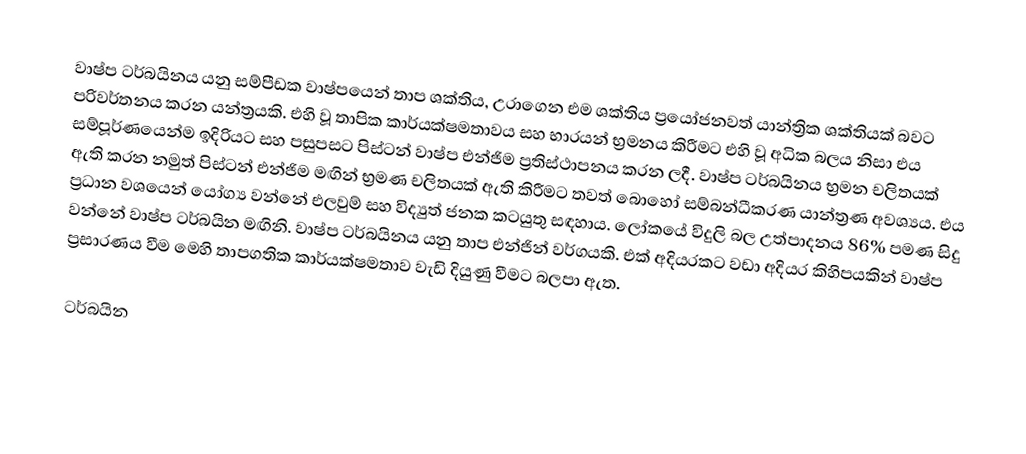
වාෂ්ප ටර්බයිනය යනු සම්පීඩක වාෂ්පයෙන් තාප ශක්තිය, උරාගෙන එම ශක්තිය ප්‍රයෝජනවත් යාන්ත්‍රික ශක්තියක් බවට පරිවර්තනය කරන යන්ත්‍රයකි. එහි වූ තාපික කාර්යක්ෂමතාවය සහ භාරයන් භ්‍රමනය කිරීමට එහි වූ අධික බලය නිසා එය සම්පූර්ණයෙන්ම ඉදිරියට සහ පසුපසට පිස්ටන් වාෂ්ප එන්ජිම ප්‍රතිස්ථාපනය කරන ලදී. වාෂ්ප ටර්බයිනය භ්‍රමන චලිතයක් ඇති කරන නමුත් පිස්ටන් එන්ජිම මඟින් භ්‍රමණ චලිතයක් ඇති කිරීමට තවත් බොහෝ සම්බන්ධීකරණ යාන්ත්‍රණ අවශ්‍යය. එය ප්‍රධාන වශයෙන් යෝග්‍ය වන්නේ එලවුම් සහ විද්‍යුත් ජනක කටයුතු සඳහාය. ලෝකයේ විදුලි බල උත්පාදනය 86% පමණ සිදු වන්නේ වාෂ්ප ටර්බයින මඟිනි. වාෂ්ප ටර්බයිනය යනු තාප එන්ජින් වර්ගයකි. එක් අදියරකට වඩා අදියර කිහිපයකින් වාෂ්ප ප්‍රසාරණය වීම මෙහි තාපගතික කාර්යක්ෂමතාව වැඩි දියුණු වීමට බලපා ඇත.

ටර්බයින